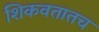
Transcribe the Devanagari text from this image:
शिकवतातच